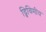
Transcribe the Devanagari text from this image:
द्त्रिविमीय